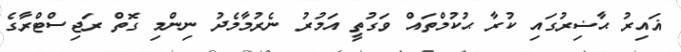
ޣައިރު ޙާޟިރުގައި ކުރާ ޙުކުމްތައް ވަގުތީ އަމުރު ނެރުމާމެދު ނިންމި ގޮތް ރަޖިސްޓްރާގެ